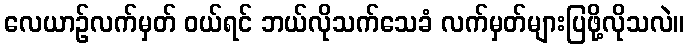
လေယာဉ်လက်မှတ် ဝယ်ရင် ဘယ်လိုသက်သေခံ လက်မှတ်များပြဖို့လိုသလဲ။